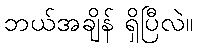
ဘယ်အချိန် ရှိပြီလဲ။